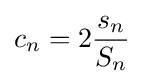
c_{n}=2{\frac {s_{n}}{S_{n}}}